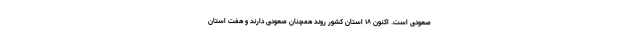
صعودی است. اکنون ۱۸ استان کشور روند همچنان صعودی دارند و هفت استان